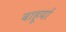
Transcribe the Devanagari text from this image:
बाहूर्या